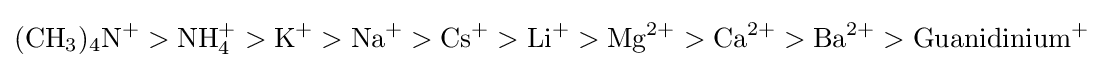
\mathrm {(CH_{3})_{4}N^{+}>NH_{4}^{+}>K^{+}>Na^{+}>Cs^{+}>Li^{+}>Mg^{2+}>Ca^{2+}>Ba^{2+}>Guanidinium^{+}}